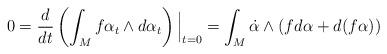
LaTeX: \begin{align*}0 = \frac{d}{d t} \left( \int_M f \alpha_t \wedge d \alpha_t \right )\Big |_{t=0}= \int_M \dot{\alpha} \wedge (f d \alpha + d (f \alpha))\end{align*}